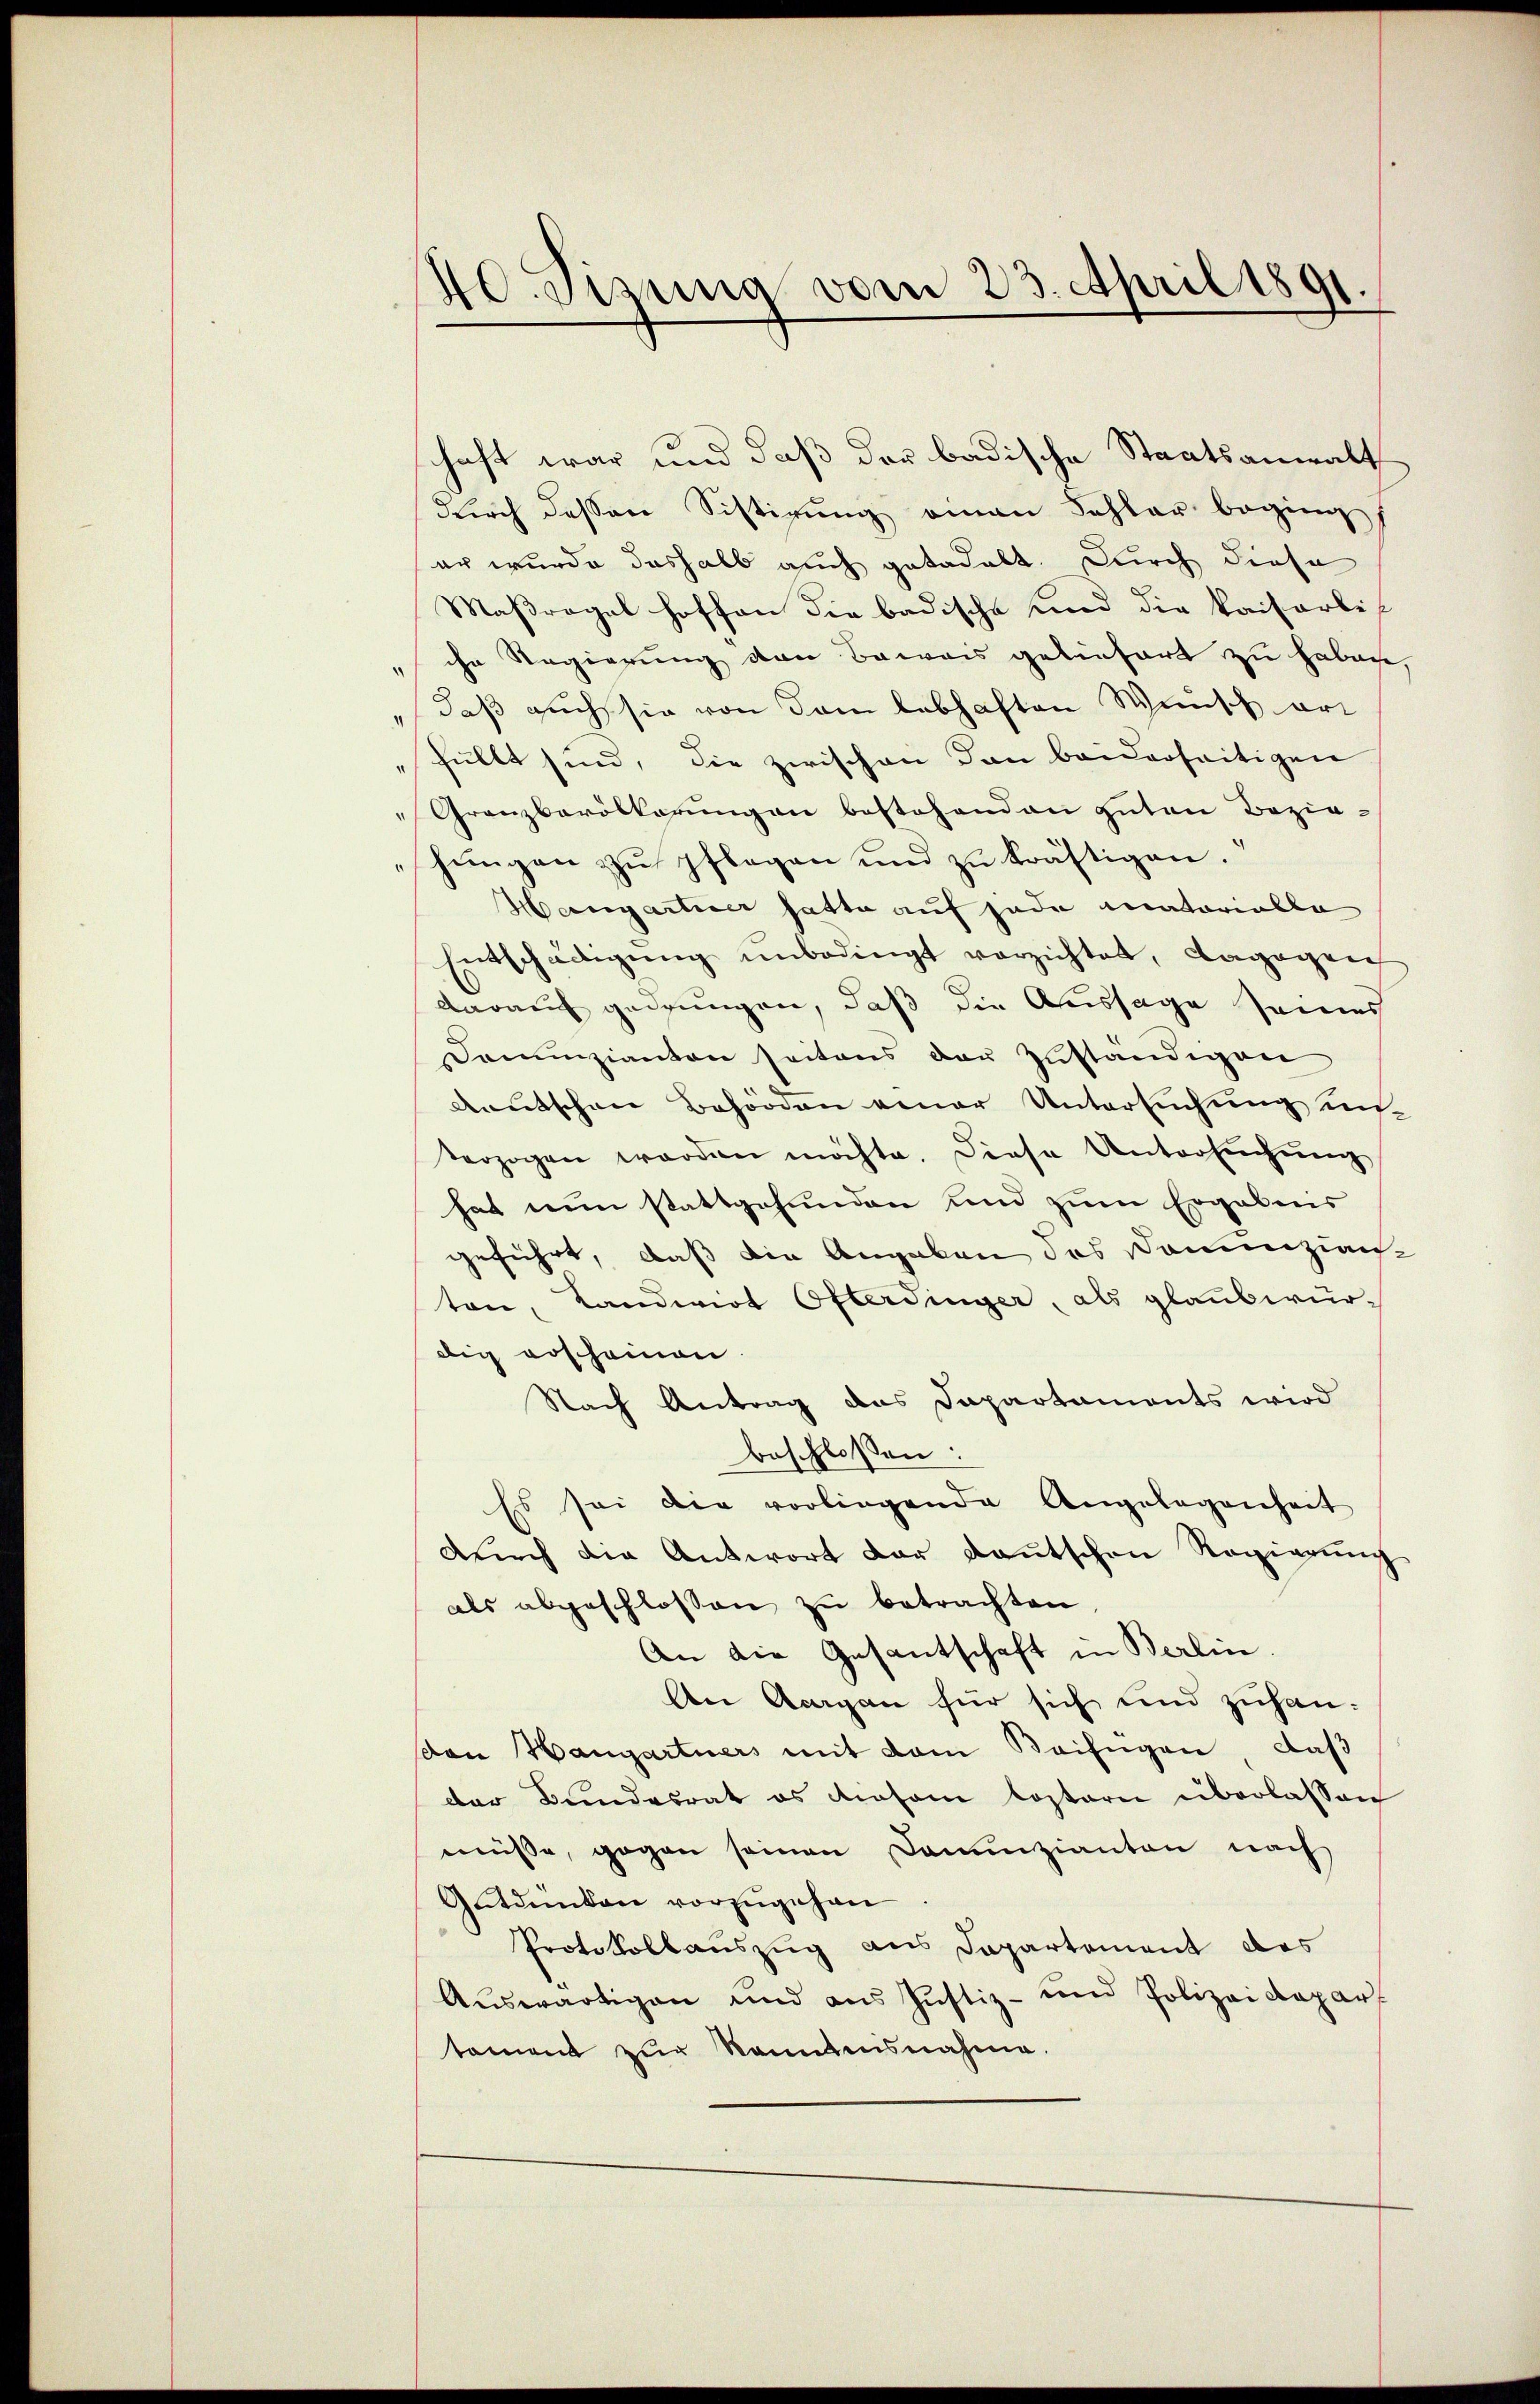
40. Sitzung vom 23. April 1891.
d

haft war und daß der badische Staatsanwalt
dŭrch dessen Sistirŭng einen Fehler beging
er wurde deshalb auch getadelt. Durch diese
Maßregel hoffen die badische und die kaiserlis
"ihr Regierung von Beweis geliefert zu habache,
" daß auch sie von dem lebhaften Wunsch art
füllt sind, die zwischen Ton beiderseitigen
Granzbevölkerungen bestehenden guten Bezie-
hungen zu pflegen und zu kräftigen.“
Margartier hatte auf jede matorialla
Entschädigŭng ŭnbedingt verzichtet, dagegen
darauf gedrungen, daß die Aussage seines
Denunzianton seitens den zuständigen
deutschen Behörden einer Untersuchung unterzogen worden möchte. Diese Unterbrechnung
hat nun stattgefunden und zum Ergebnis
geführt, daß die Angaben des Dammzianton, Landwirt Öfterdinger, als glaubwür-
dig erscheinen.
Nach Antrag das Dapartaments wird
beschlossen:
Es sei die vorliegende Angelegenheit
dŭrch die Antwort der Kantschen Regierŭng
als abgeschlossen zu betrachten
An die Gesantschaft in Berlin.
An Acagan für sich und zuhanden Hangartners mit dem Beifügen, daß
der Bundesrat es diesem lostern überlassen
müsse, gegen seinen Denunzianten nach
Gutdünken vorzugehen
Protokollauszug aus Departement des
Auswärtigen und aus Justiz- und Polizei Depar
toment zur Kenntnisnahme.